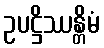
ဥပဋ္ဌိဿန္တိမံ